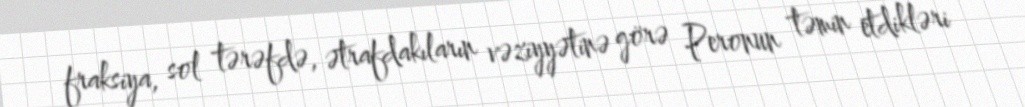
fraksiya, sol tərəfdə, ətrafdakıların vəziyyətinə görə Peronun təmin etdikləri